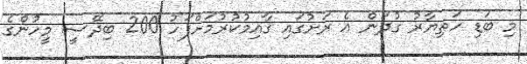
މި ބަޑި ހަތިޔާރު ގުދަން އެ ރަށުގައި ޤާއިމުކުރުމަށްފަހު 200 ބިދޭސީ މީހުންގެ